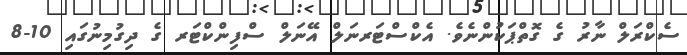
ސެކްރަލް ނާރު ގެ ގޮތްޕަކުންނެވެ. އެކްސްޓަރނަލް އޭނަލް ސްފިންކްޓަރ ގެ ދިގުމިނުގައި 10-8